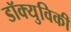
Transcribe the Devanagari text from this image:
डॉक्युविकी